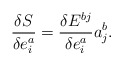
\begin{align*}\frac{\delta S}{\delta e_i^a}=\frac{\delta E^{bj}}{\delta e_i^a}a_j^b.\end{align*}